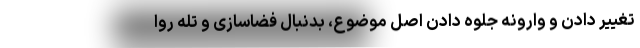
تغییر دادن و وارونه جلوه دادن اصل موضوع، بدنبال فضاسازی و تله روا